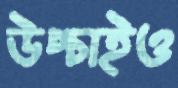
উপ্‌চাইও